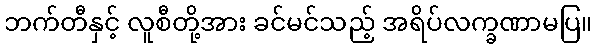
ဘက်တီနှင့် လူစီတို့အား ခင်မင်သည့် အရိပ်လက္ခဏာမပြ။